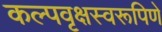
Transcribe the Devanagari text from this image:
कल्पवृक्षस्वरूपिणे